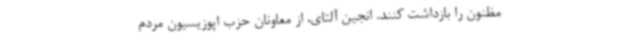
مظنون را بازداشت کنند. انجین آلتای، از معاونان حزب اپوزیسیون مردم